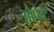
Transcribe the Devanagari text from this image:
ओप्रेन्ट